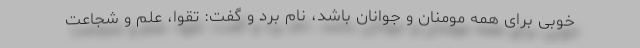
خوبی برای همه مومنان و جوانان باشد، نام برد و گفت: تقوا، علم و شجاعت